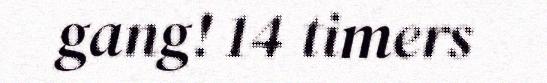
gang! 14 timers